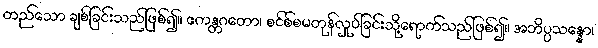
တည်သော ချစ်ခြင်းသည်ဖြစ်၍။ ဧကန္တဂတော၊ စင်စ်စမတုန်လှုပ်ခြင်းသို့ရောက်သည်ဖြစ်၍။ အဘိပ္ပသန္နော၊